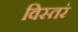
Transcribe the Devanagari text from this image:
विस्तरं